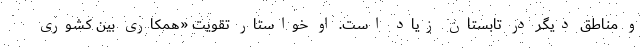
و مناطق دیگر در تابستان زیاد است. او خواستار تقویت «همکاری بین کشوری